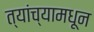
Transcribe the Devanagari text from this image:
त्यांच्यामधून